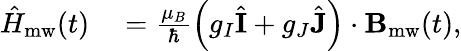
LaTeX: \begin{array}{rl}{\hat{H}_{\mathrm{mw}}(t)}&{{}=\frac{\mu_{B}}{\hbar}\left(g_{I}\hat{\mathbf{I}}+g_{J}\hat{\mathbf{J}}\right)\cdot\mathbf{B}_{\mathrm{mw}}(t),}\end{array}